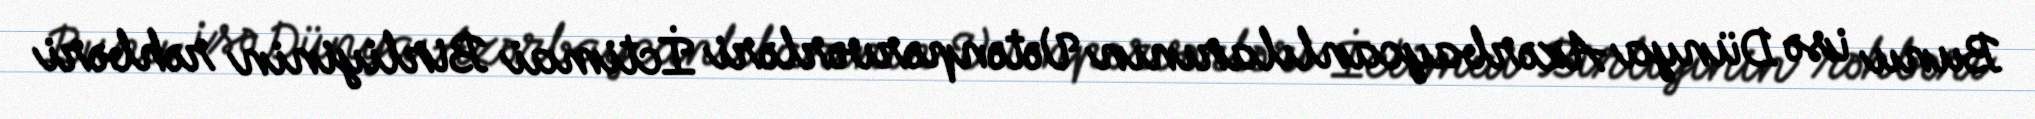
Bunu isə Dünya Azərbaycanlılarının Vətənpərvərləri İctimai Birliyinin rəhbəri